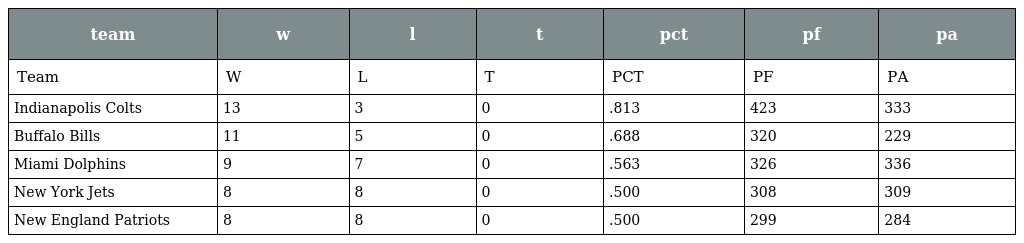
| team | w | l | t | pct | pf | pa |
 | --- | --- | --- | --- | --- | --- | --- |
 | Team | W | L | T | PCT | PF | PA |
 | Indianapolis Colts | 13 | 3 | 0 | .813 | 423 | 333 |
 | Buffalo Bills | 11 | 5 | 0 | .688 | 320 | 229 |
 | Miami Dolphins | 9 | 7 | 0 | .563 | 326 | 336 |
 | New York Jets | 8 | 8 | 0 | .500 | 308 | 309 |
 | New England Patriots | 8 | 8 | 0 | .500 | 299 | 284 |